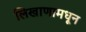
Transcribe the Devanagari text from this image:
लिखाणामधून